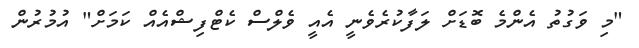
"މި ވަގުތު އެންމެ ބޮޑަށް ލަފާކުރެވެނީ އެއީ ވެލްސް ކެޓްފިޝްއެއް ކަމަށް" އުމުރުން